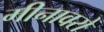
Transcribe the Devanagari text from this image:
मीनावरों